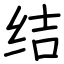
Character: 结